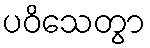
ပဝိသေတွာ